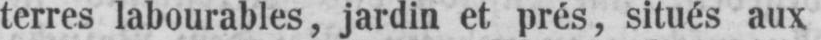
terres labourables, jardin et prés, situés aux